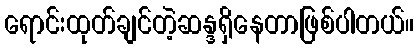
ရောင်းထုတ်ချင်တဲ့ဆန္ဒရှိနေတာဖြစ်ပါတယ်။